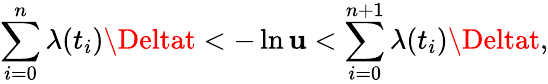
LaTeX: \sum_{i=0}^{n}\lambda(t_{i})\Deltat<-\ln\mathbf{u}<\sum_{i=0}^{n+1}\lambda(t_{i})\Deltat,